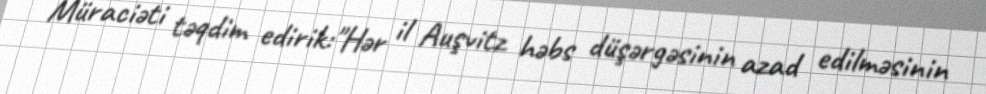
Müraciəti təqdim edirik:"Hər il Auşvitz həbs düşərgəsinin azad edilməsinin